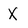
Character: X